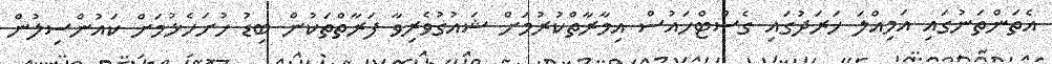
އެތަންތަނުގައި އަމިއްލަ ޚަރަދުގައި ގެސްޓްހައުސް އިމާރާތްކުރުމަށް ޝައުގުވެރިވާ ފަރާތްތަކުން ބިޑު ހުށަހެޅުމަށް ކައުންސިލުން